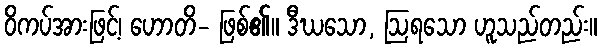
ဝိကပ်အားဖြင့်၊ ဟောတိ- ဖြစ်၏။ ဒီဃသော, ဩရသော ဟူသည်တည်း။